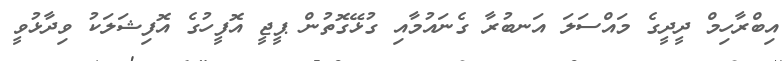
އިބްރާހިމް ދީދީގެ މައްސަލަ އަނބުރާ ގެނައުމާއި ގުޅޭގޮތުން ޕީޖީ އޮފީހުގެ އޮފިޝަލަކު ވިދާޅުވީ